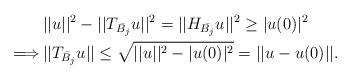
LaTeX: \begin{align*}&||u||^2-||T_{\bar{B_j}}u||^2=||H_{\bar{B_j}}u||^2\geq |u(0)|^2\\\Longrightarrow\, &|| T_{\bar{B_j}}u||\leq \sqrt{||u||^2-|u(0)|^2}=||u-u(0)||.\end{align*}